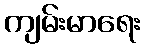
ကျမ်းမာရေး